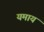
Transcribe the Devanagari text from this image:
यमाय